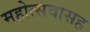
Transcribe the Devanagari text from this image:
महोत्सवासह